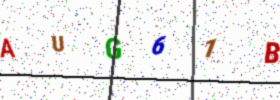
Text: AUG61B